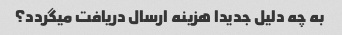
به چه دلیل جدیدا هزینه ارسال دریافت میگردد؟